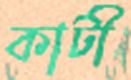
কাটী